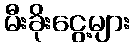
မီးခိုးငွေ့များ